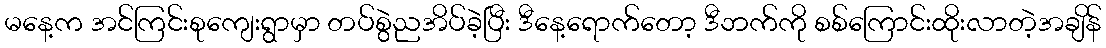
မနေ့က အင်ကြင်းစုကျေးရွာမှာ တပ်စွဲညအိပ်ခဲ့ပြီး ဒီနေ့ရောက်တော့ ဒီဘက်ကို စစ်ကြောင်းထိုးလာတဲ့အချိန်